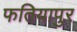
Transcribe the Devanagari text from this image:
फतियापुर